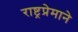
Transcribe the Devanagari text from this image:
राष्ट्रप्रेमाने